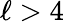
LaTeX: \ell>4